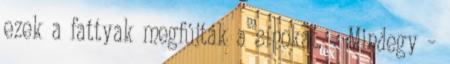
ezek a fattyak megfújták a sípokat. - Mindegy –